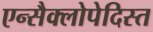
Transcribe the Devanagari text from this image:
एन्सैक्लोपेदिस्त